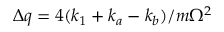
\Delta q = 4 ( k _ { 1 } + k _ { a } - k _ { b } ) / m \Omega ^ { 2 }